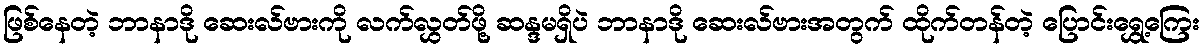
ဖြစ်နေတဲ့ ဘာနာဒို ဆေးလ်ဗားကို လက်လွှတ်ဖို့ ဆန္ဒမရှိပဲ ဘာနာဒို ဆေးလ်ဗားအတွက် ထိုက်တန်တဲ့ ပြောင်းရွှေ့ကြေး